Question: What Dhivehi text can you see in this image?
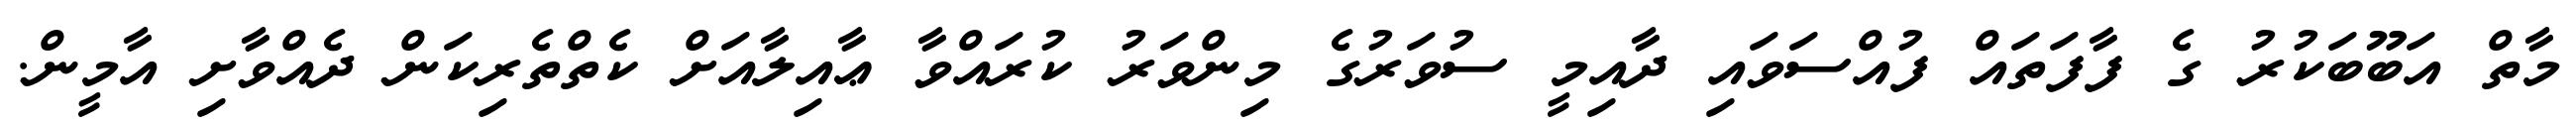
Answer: މާތް އަބޫބަކުރު ގެ ފާފަތައް ފުއްސަވައި ދާއިމީ ސުވަރުގެ މިންވަރު ކުރައްވާ ޢާއިލާއަށް ކެތްތެރިކަން ދެއްވާށި އާމީން.